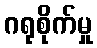
ဂရုစိုက်မှု